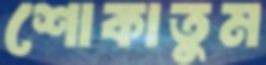
শোকাতুম